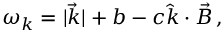
\omega _ { k } = | \vec { k } | + b - c \hat { k } \cdot \vec { B } \, ,